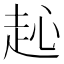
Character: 𧺨